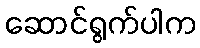
ဆောင်ရွက်ပါက